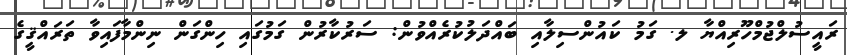
ރައީސުލްޖުމްހޫރިއްޔާ ލ. ގަމު ކައުންސިލާއި ބައްދަލުކުރެއްވުން: ސަރުކާރުން ގަމުގައި ހިންގަން ނިންމާފައިވާ ތަރައްޤީގެ